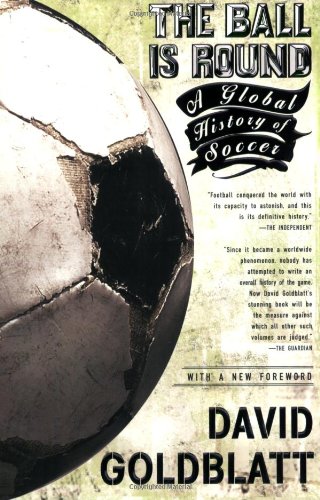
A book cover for The Ball is Round: A Global History of Soccer; David Goldblatt; Sports & Outdoors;